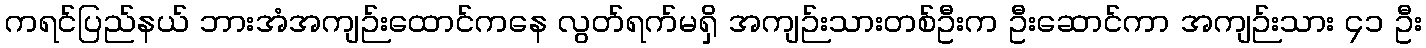
ကရင်ပြည်နယ် ဘားအံအကျဉ်းထောင်ကနေ လွတ်ရက်မရှိ အကျဉ်းသားတစ်ဦးက ဦးဆောင်ကာ အကျဉ်းသား ၄၁ ဦး